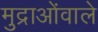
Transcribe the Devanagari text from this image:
मुद्राओंवाले